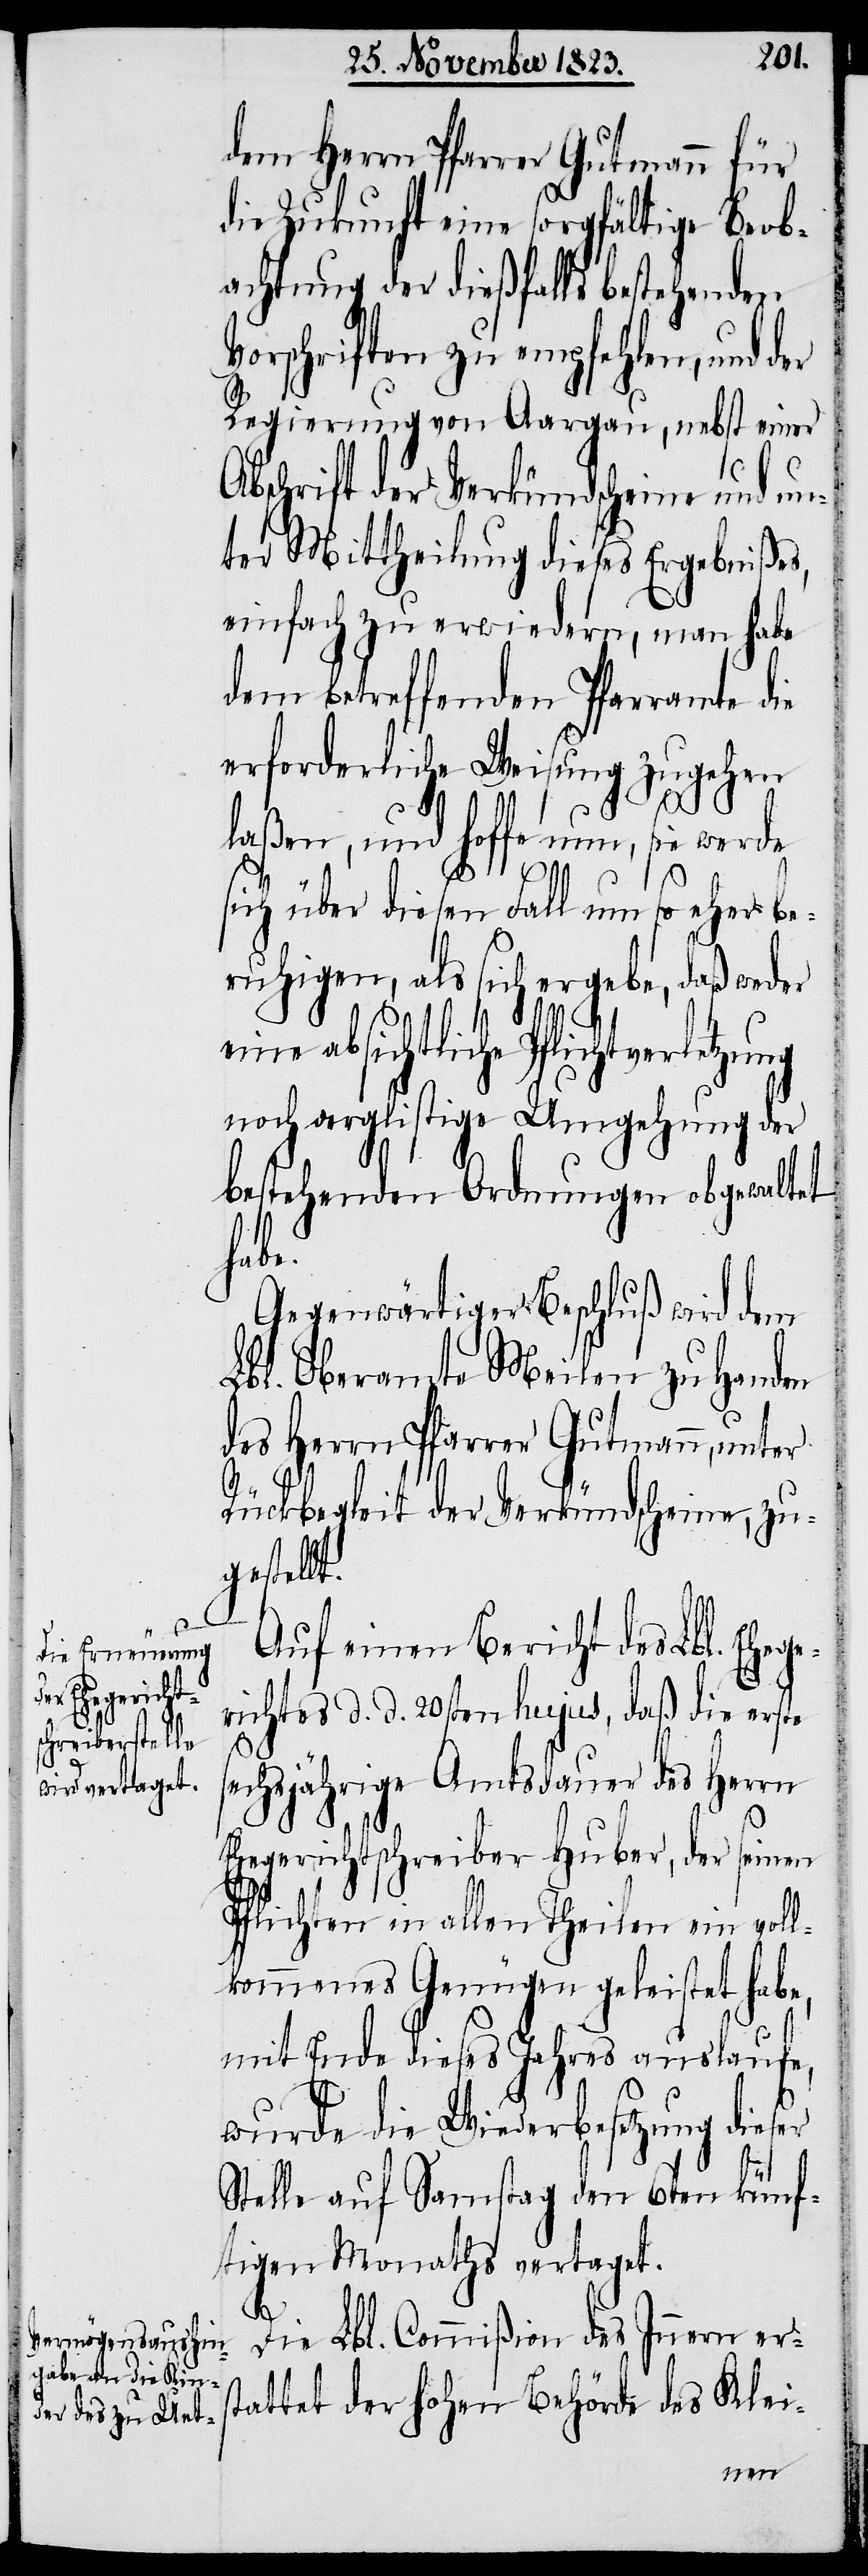
dem Herrn Pfarrer Gutmann für
die Zukunft eine sorgfältige Beob¬
achtung der dießfalls bestehenden
Vorschriften zu empfehlen, und der
Regierung von Aargau, nebst einer
Abschrift der Verkündscheine und un¬
ter Mittheilung dieses Ergebnißes,
einfach zu erwiedern, man habe
dem betreffenden Pfarramte die
erforderliche Weisung zugehen
laßen, und hoffe nun, sie werde
sich über diesen Fall um so eher be¬
ruhigen, als sich ergebe, daß weder
absichtliche Pflichtverletzung
noch arglistige Umgehung der
bestehenden Ordnungen obgewaltet
habe.
Gegenwärtiger Beschluß wird dem
Lbl. Oberamte Meilen zu Handen
des Herrn Pfarrer Gutmann, unter
Rückbegleit der Verkündscheine, zu¬
gestellt.
Auf einen Bericht des Lbl. Ehege¬
richtes d. d. 20sten hujus, daß die erste
sechsjährige Amtsdauer des Herrn
Ehegerichtschreiber Huber, der seinen
Pflichten in allen Theilen ein voll¬
kommenes Genügen geleistet habe,
mit Ende dieses Jahres auslaufe,
wurde die Wiederbesetzung dieser
Stelle auf Samstag den 6ten künf¬
tigen Monaths vertaget.
Die Lbl. Commißion des Innern ers¬
tattet der hohen Behörde des Klei-